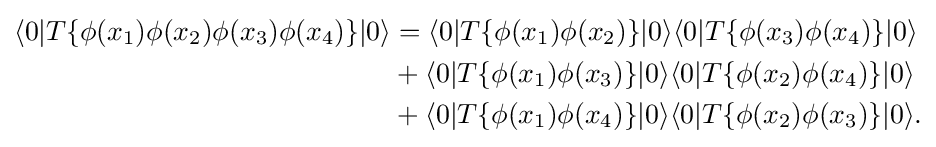
{\begin{aligned}\langle 0|T\{\phi (x_{1})\phi (x_{2})\phi (x_{3})\phi (x_{4})\}|0\rangle &=\langle 0|T\{\phi (x_{1})\phi (x_{2})\}|0\rangle \langle 0|T\{\phi (x_{3})\phi (x_{4})\}|0\rangle \\&+\langle 0|T\{\phi (x_{1})\phi (x_{3})\}|0\rangle \langle 0|T\{\phi (x_{2})\phi (x_{4})\}|0\rangle \\&+\langle 0|T\{\phi (x_{1})\phi (x_{4})\}|0\rangle \langle 0|T\{\phi (x_{2})\phi (x_{3})\}|0\rangle .\end{aligned}}